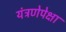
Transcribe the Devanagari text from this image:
यंत्रणेपेक्षा